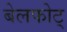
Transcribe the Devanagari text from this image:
बेलफोट्